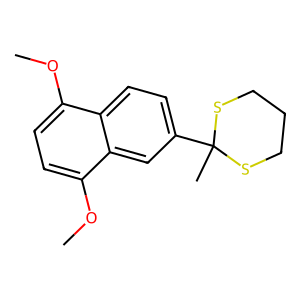
SMILES: COc1ccc(OC)c2cc(C3(C)SCCCS3)ccc12
Inhibits HIV replication: No